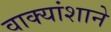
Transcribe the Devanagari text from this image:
वाक्यांशाने